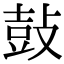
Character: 鼔